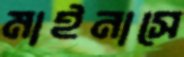
মাইনাসে